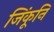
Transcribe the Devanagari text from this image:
जिंकूनि